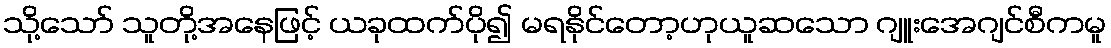
သို့သော် သူတို့အနေဖြင့် ယခုထက်ပို၍ မရနိုင်တော့ဟုယူဆသော ဂျူးအေဂျင်စီကမူ